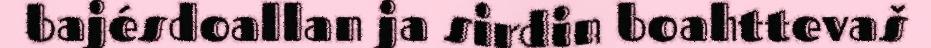
bajésdoallan ja sirdin boahttevaš